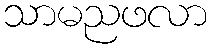
သာမညဖလာ